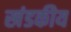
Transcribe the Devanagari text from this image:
खंडकीय